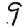
Digit: 9